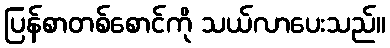
ပြန်စာတစ်စောင်ကို သယ်လာပေးသည်။